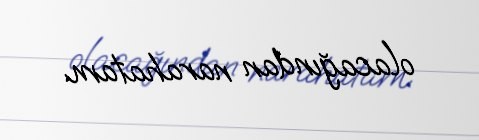
olacağından narahatam.